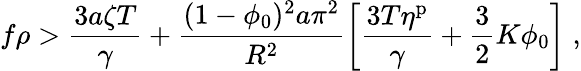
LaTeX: f\rho>\frac{3a\zeta T}{\gamma}+\frac{(1-\phi_{0})^{2}a\pi^{2}}{R^{2}}\left[\frac{3T\eta^{\mathrm{p}}}{\gamma}+\frac{3}{2}K\phi_{0}\right]\; ,